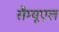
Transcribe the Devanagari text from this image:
सैम्‍यूएल